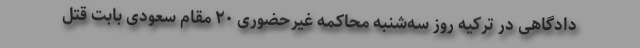
دادگاهی در ترکیه روز سه‌شنبه محاکمه غیرحضوری ۲۰ مقام سعودی بابت قتل